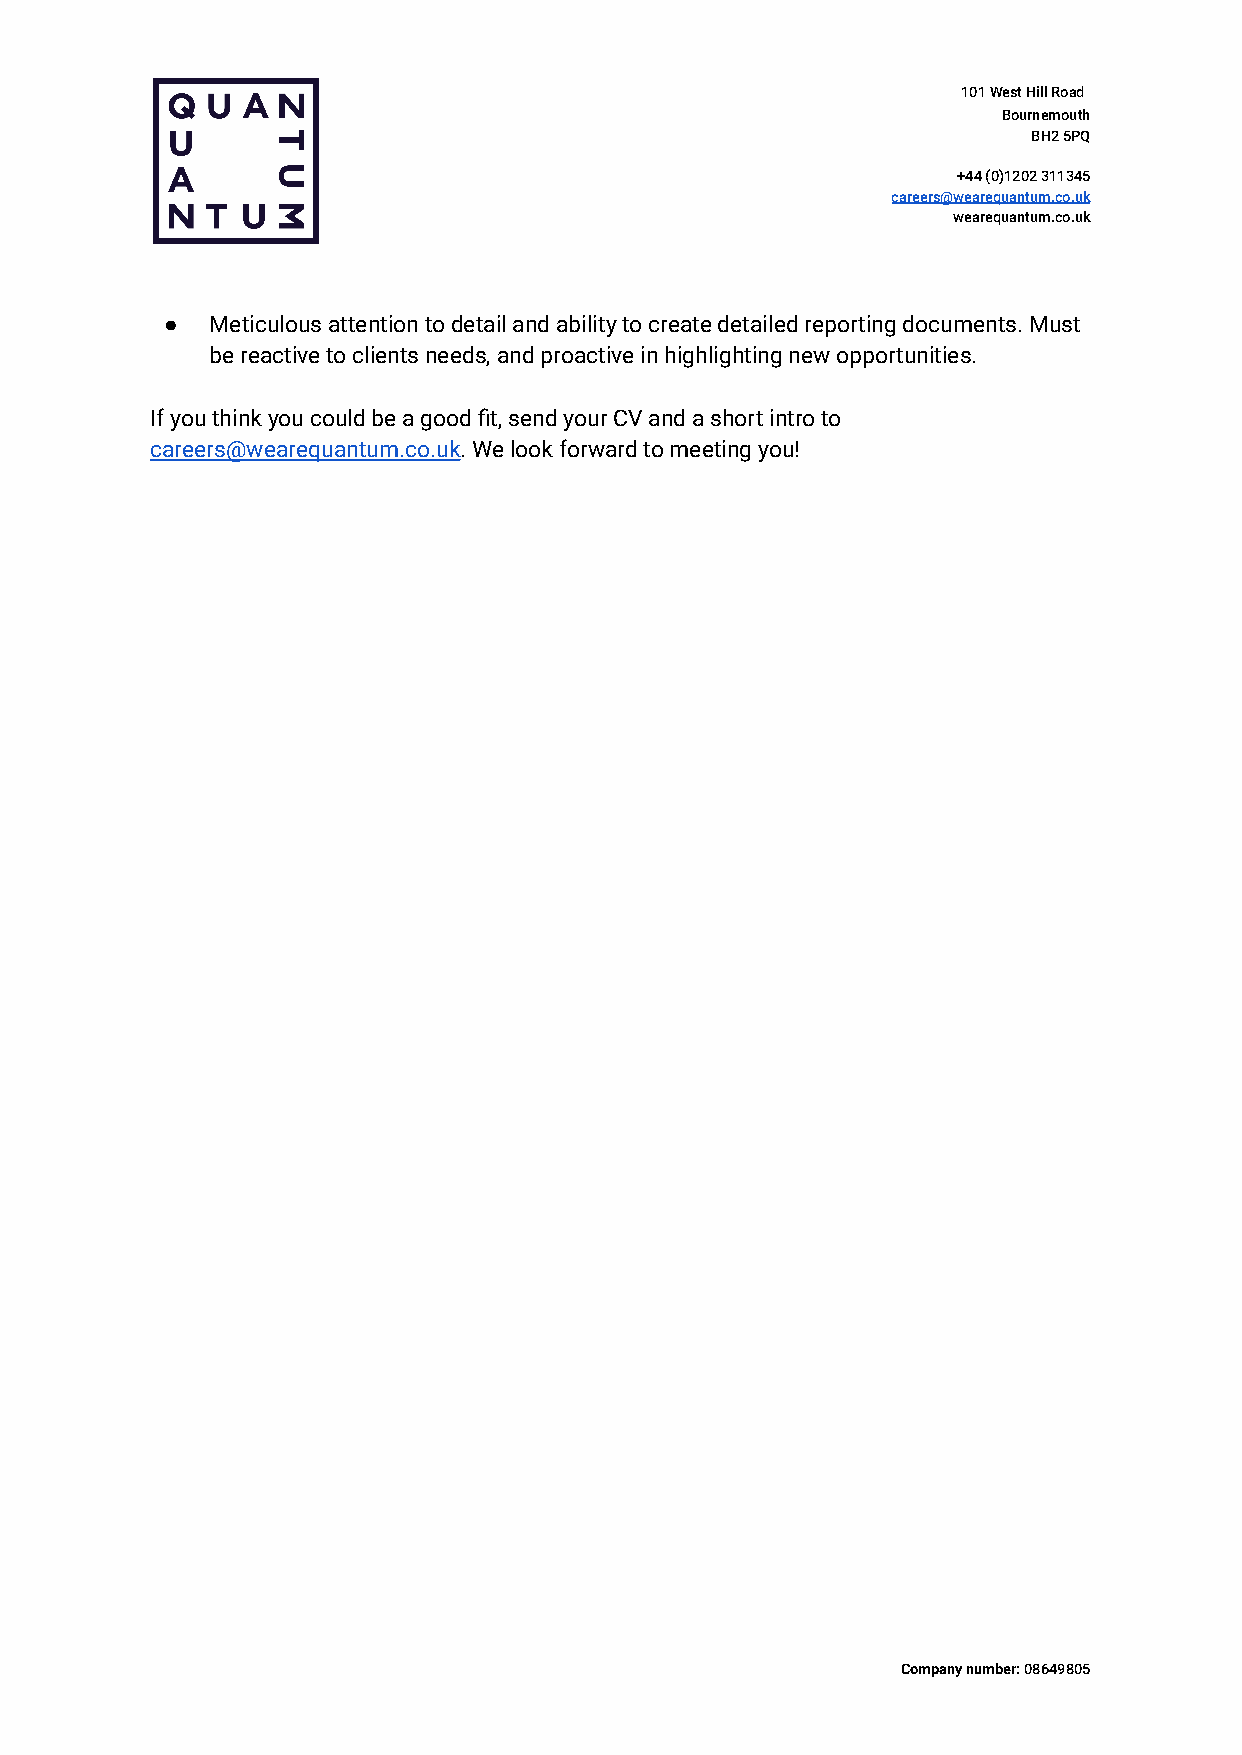
101 West Hill Road
 Bournemouth
 BH2 5PQ
 +44 (0)1202 311345
 careers@wearequantum.co.uk
 wearequantum.co.uk
 ●  Meticulous attention to detail and ability to create detailed reporting documents. Must
 be reactive to clients needs, and proactive in highlighting new opportunities.
 If you think you could be a good fit, send your CV and a short intro to
 careers@wearequantum.co.uk. We look forward to meetingyou!
 Company number:08649805